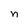
Character: n